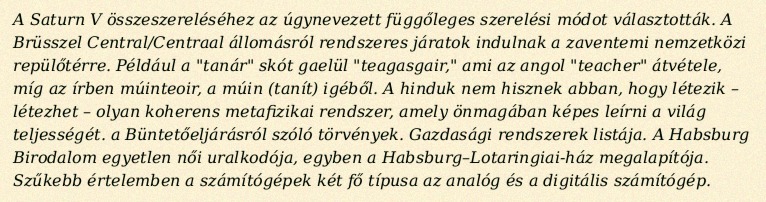
A Saturn V összeszereléséhez az úgynevezett függőleges szerelési módot választották. A Brüsszel Central/Centraal állomásról rendszeres járatok indulnak a zaventemi nemzetközi repülőtérre. Például a "tanár" skót gaelül "teagasgair," ami az angol "teacher" átvétele, míg az írben múinteoir, a múin (tanít) igéből. A hinduk nem hisznek abban, hogy létezik – létezhet – olyan koherens metafizikai rendszer, amely önmagában képes leírni a világ teljességét. a Büntetőeljárásról szóló törvények. Gazdasági rendszerek listája. A Habsburg Birodalom egyetlen női uralkodója, egyben a Habsburg–Lotaringiai-ház megalapítója. Szűkebb értelemben a számítógépek két fő típusa az analóg és a digitális számítógép.